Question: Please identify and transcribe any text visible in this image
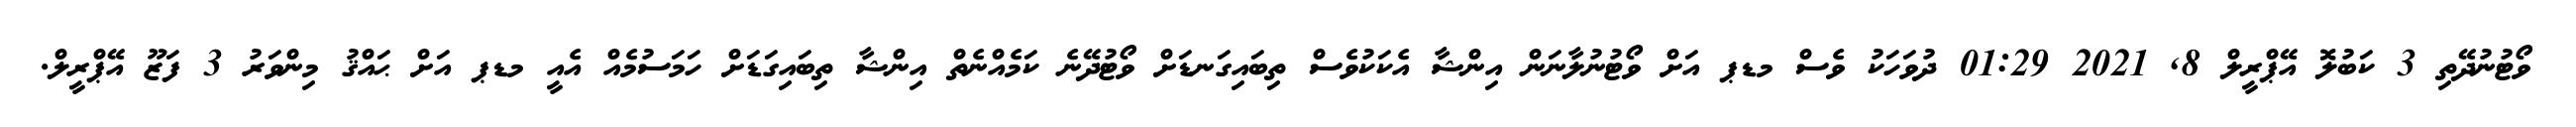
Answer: ވޯޓުނުދޭތި 3 ކަބުލޮ އޭޕްރީލް 8, 2021 01:29 ދުވަހަކު ވެސް މޑޕ އަށް ވޯޓުނުލާނަން އިންޝާ އެކަކުވެސް ތިބައިގަނޑަށް ވޯޓުދޭނެ ކަމެއްނެތް އިންޝާ ތިބައިގަޑަށް ހަމަސުމެއް އެއީ މޑޕ އަށް ޙައްޤު މިންވަރު 3 ފަޒޫ އޭޕްރީލް.